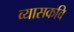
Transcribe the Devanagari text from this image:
व्यासकवि